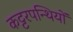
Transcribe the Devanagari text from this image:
कट्टरपन्थियों